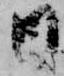
日